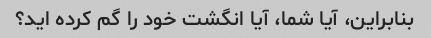
بنابراین، آیا شما، آیا انگشت خود را گم کرده اید؟